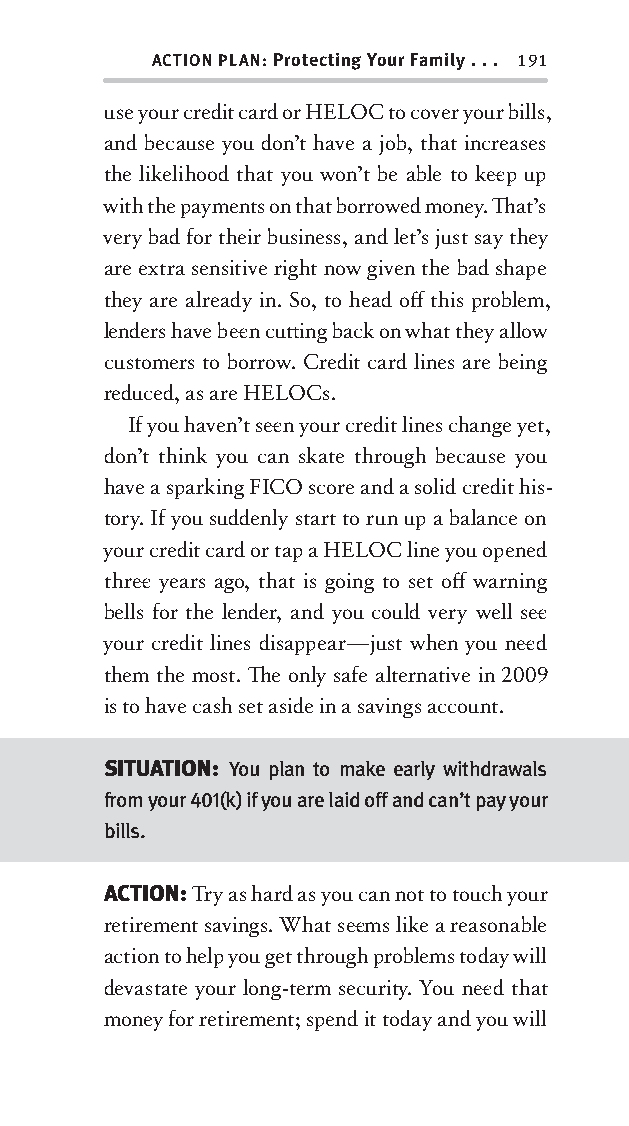
ACTION PLAN: Protecting Your Family . . . 191
 use your credit card or HELOC to cover your bills,
 and because you don’t have a job, that increases
 the likelihood that you won’t be able to kee p up
 with the payments on that borrowed money. Th at’s
 very bad for their business, and let’s just say they
 are extra sensitive right now given the bad shape
 they are already in. So, to head off this problem,
 lenders have bee n cutt ing back on what they allow
 customers to borrow. Credit card lines are being
 reduced, as are HELOCs.
 If you haven’t see n your credit lines change yet,
 don’t think you can skate through because you
 have a sparking FICO score and a solid credit his-
 tory. If you suddenly start to run up a balance on
 your credit card or tap a HELOC line you opened
 three years ago, that is going to set off warning
 bells for the lender, and you could very well see
 your credit lines disappear—just when you nee d
 them the most. Th e only safe alternative in 2009
 is to have cash set aside in a savings account.
 SITUATION: You plan to make early withdrawals
 from your 401(k) if you are laid off and can’t pay your
 bills.
 ACTION: Try as hard as you can not to touch your
 retirement savings. What see ms like a reasonable
 action to help you get through problems today will
 devastate your long-term security . You nee d that
 money for retirement; spend it today and you will
 OOrrmmaa__99778800338855553300993344__44pp__aallll__rr11..iinndddd 119911 1122//33//0088 99::3311::3399 AAMM